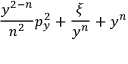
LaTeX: \! \! \frac { y ^ { 2 - n } } { n ^ { 2 } } p _ { y } ^ { 2 } + \frac { \xi } { y ^ { n } } + y ^ { n } \! \!